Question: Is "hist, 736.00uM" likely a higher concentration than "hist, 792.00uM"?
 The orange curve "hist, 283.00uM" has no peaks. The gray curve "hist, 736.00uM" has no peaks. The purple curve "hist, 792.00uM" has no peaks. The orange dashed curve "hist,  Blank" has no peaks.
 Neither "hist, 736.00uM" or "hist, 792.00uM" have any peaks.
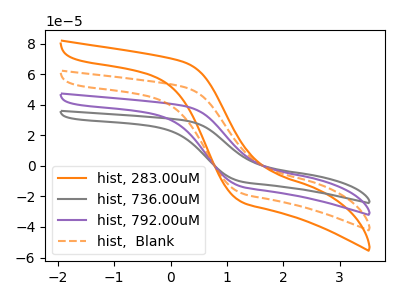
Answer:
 <answer>I cant tell if "hist, 736.00uM" or "hist, 792.00uM" has more signal.</answer>
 <eval>mixed_signal</eval>